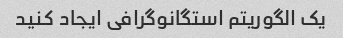
یک الگوریتم استگانوگرافی ایجاد کنید